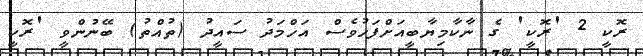
ރޮކީ 2 'ރޮކީ' ގެ ނާކާމިޔާބީއަށްފަހުވެސް އަހްމަދު ސައީދު (ތުއްތު) ބޭނުންވީ 'ރޮކީ